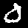
Label: 0